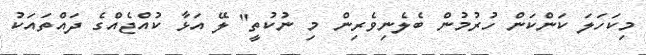
މިކަހަލަ ކަންކަން ހުރުމުން ބެލެނިވެރިން މި ނުކުތީ" ލޭ އަޅާ ކުއްޖެއްގެ ދައްތައަކު